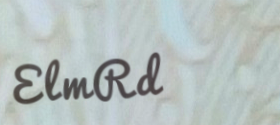
ElmRd